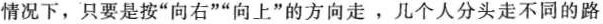
情况下，只要是按“向右”“向上”的方向走。几个人分头走不同的